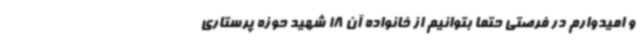
و امیدوارم در فرصتی حتما بتوانیم از خانواده آن 18 شهید حوزه پرستاری